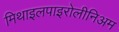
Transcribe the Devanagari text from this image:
मिथाइलपाइरोलीनिअम